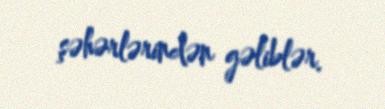
şəhərlərindən gəliblər.